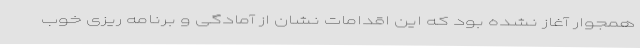
همجوار آغاز نشده بود که این اقدامات نشان از آمادگی و برنامه ریزی خوب